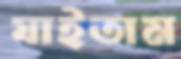
যাইতাম